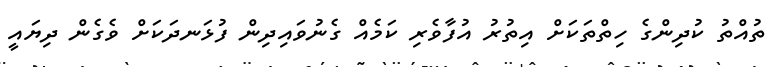
ތުއްތު ކުދިންގެ ހިތްތަކަށް އިތުރު އުފާވެރި ކަމެއް ގެނުވައިދިން ފުޅަނދަކަށް ވެގެން ދިޔައީ